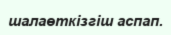
шалаөткізгіш аспап.